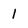
Character: 1